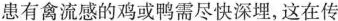
患有禽流感的鸡或鸭需尽快深埋，这在传